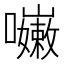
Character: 𡄨